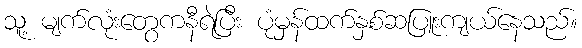
သူ့ မျက်လုံးတွေကနီရဲပြီး ပုံမှန်ထက်နှစ်ဆပြူးကျယ်နေသည်။